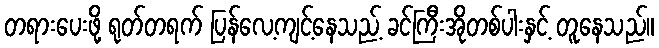
တရားပေးဖို့ ရုတ်တရက် ပြန်လေ့ကျင့်နေသည့် ခင်ကြီးအိုတစ်ပါးနှင့် တူနေသည်။